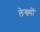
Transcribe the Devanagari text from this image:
लेख्यों